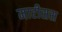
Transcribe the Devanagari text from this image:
मारीसस